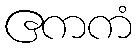
ဧကကံ